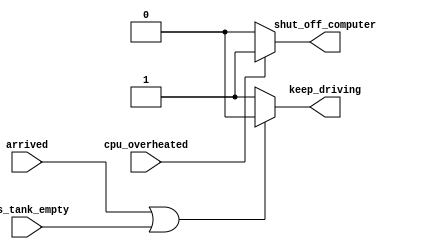
// synthesis verilog_input_version verilog_2001
module top_module (
    input        cpu_overheated,
    output reg   shut_off_computer,
    input        arrived,
    input        gas_tank_empty,
    output reg   keep_driving
);

    // Process to control shutting off the computer
    always @(*) begin
        if (cpu_overheated) begin
            shut_off_computer = 1;
        end else begin
            shut_off_computer = 0;
        end
    end

    // Process to control driving behavior
    always @(*) begin
        if (arrived || gas_tank_empty) begin
            keep_driving = 0;
        end else begin
            keep_driving = 1;
        end
    end

endmodule